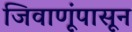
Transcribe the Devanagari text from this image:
जिवाणूंपासून